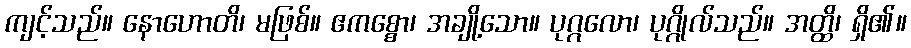
ကျင့်သည်။ နောဟောတိ၊ မဖြစ်။ ဧကစ္စော၊ အချို့သော။ ပုဂ္ဂလော၊ ပုဂ္ဂိုလ်သည်။ အတ္ထိ၊ ရှိ၏။